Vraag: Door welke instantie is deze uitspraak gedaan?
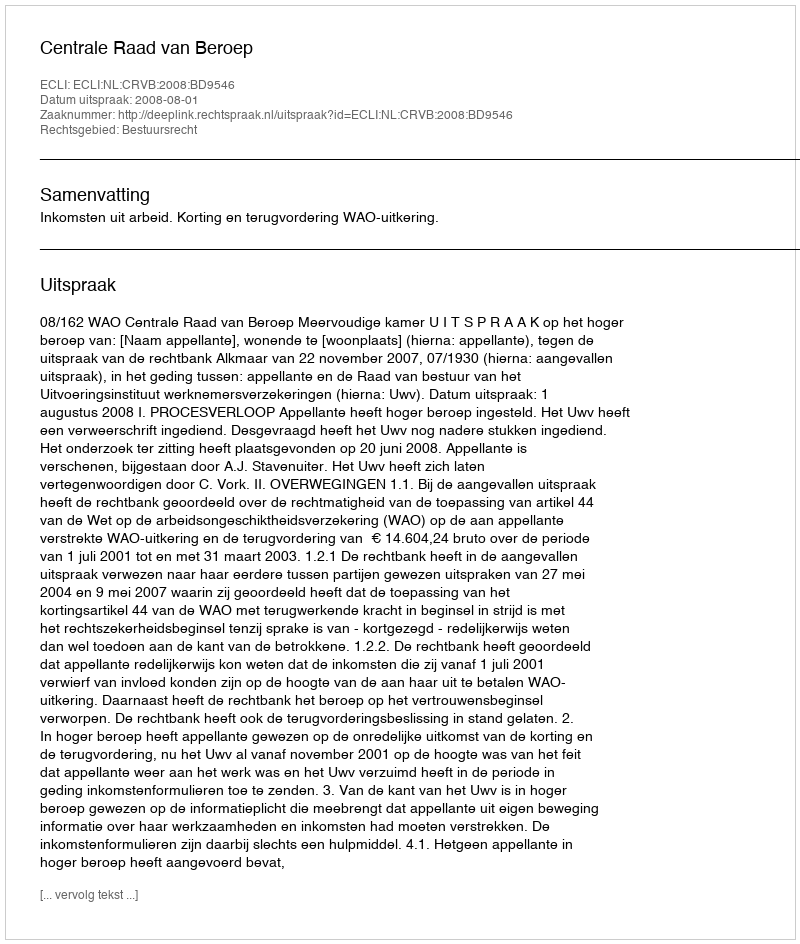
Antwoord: Centrale Raad van Beroep